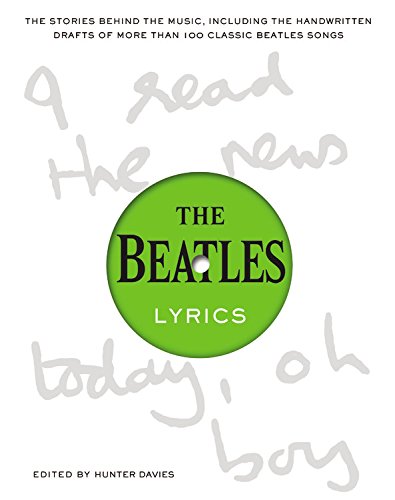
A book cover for The Beatles Lyrics: The Stories Behind the Music, Including the Handwritten Drafts of More Than 100 Classic Beatles Songs; Humor & Entertainment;